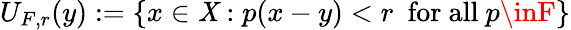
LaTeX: U_{F,r}(y):=\left\{ x\in\mathit{X}:p(x-y)<r\ {\mathrm{{~for~all~}}}p\inF\right\}